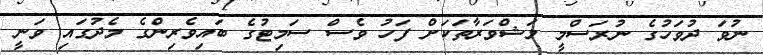
ނުވަ ދުވަހުގެ ނުރަސްމީ މަޝްވަރާތަކަށް ފަހު ވެސް ސަމިޓުގެ ބައިވެރިންގެ މެދުގައި ވަނީ